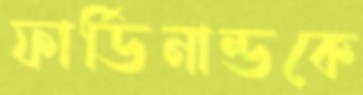
ফার্ডিনান্ডকে